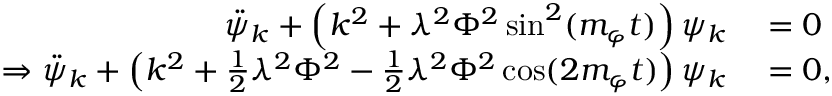
\begin{array} { r l } { \ddot { \psi } _ { k } + \left( k ^ { 2 } + \lambda ^ { 2 } \Phi ^ { 2 } \sin ^ { 2 } ( m _ { \varphi } t ) \right) \psi _ { k } } & { { } = 0 } \\ { \Rightarrow \ddot { \psi } _ { k } + \left( k ^ { 2 } + \frac { 1 } { 2 } \lambda ^ { 2 } \Phi ^ { 2 } - \frac { 1 } { 2 } \lambda ^ { 2 } \Phi ^ { 2 } \cos ( 2 m _ { \varphi } t ) \right) \psi _ { k } } & { { } = 0 , } \end{array}